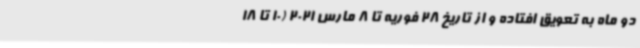
دو ماه به تعویق افتاده و از تاریخ 28 فوریه تا 8 مارس 2021 (10 تا 18